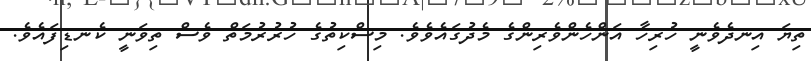
ތިޔަ އިނދެވެނީ ހުރިހާ އަންހެންވެރިންގެ މެދުގައެވެވެ. މިސްކިތުގެ ހުރުރުމަތް ވެސް ތިވަނީ ކެނޑިފައެވެ.